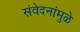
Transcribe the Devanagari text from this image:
संवेदनांमुळे